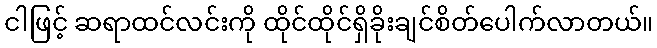
ငါဖြင့် ဆရာထင်လင်းကို ထိုင်ထိုင်ရှိခိုးချင်စိတ်ပေါက်လာတယ်။